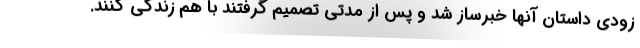
زودی داستان آنها خبرساز شد و پس از مدتی تصمیم گرفتند با هم زندگی کنند.